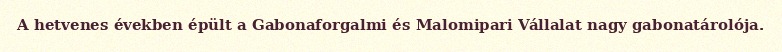
A hetvenes években épült a Gabonaforgalmi és Malomipari Vállalat nagy gabonatárolója.